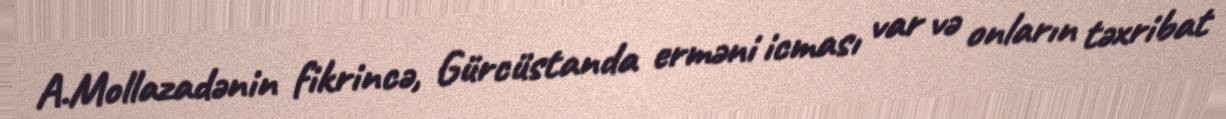
A.Mollazadənin fikrincə, Gürcüstanda erməni icması var və onların təxribat